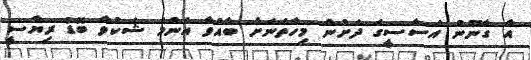
އާ ގާނޫނު އަސާސީގެ ދަށުން މިހާތަނަށް ބާއްވާ އެންމެ ޝަކުވާ ބޮޑު ރިޔާސީ